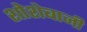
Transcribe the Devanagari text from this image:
शोशेबाजी